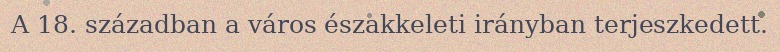
A 18. században a város északkeleti irányban terjeszkedett.